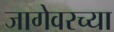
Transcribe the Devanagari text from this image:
जागेवरच्या